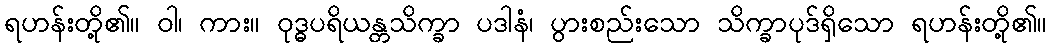
ရဟန်းတို့၏။ ဝါ၊ ကား။ ဝုဒ္ဓပရိယန္တသိက္ခာ ပဒါနံ၊ ပွားစည်းသော သိက္ခာပုဒ်ရှိသော ရဟန်းတို့၏။